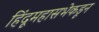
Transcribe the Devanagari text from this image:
हिंदूमहासभेकडून